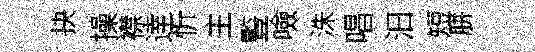
抉操襟逹忻主䜿噞洙唱汩短胼